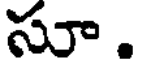
సూ.